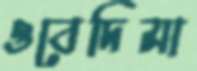
ওবেদিমা